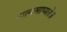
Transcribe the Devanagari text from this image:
सत्यमाप्यते॥